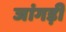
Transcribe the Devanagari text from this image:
जांगड़ी